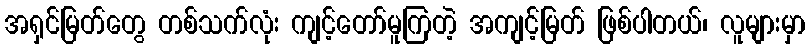
အရှင်မြတ်တွေ တစ်သက်လုံး ကျင့်တော်မူကြတဲ့ အကျင့်မြတ် ဖြစ်ပါတယ်၊ လူများမှာ